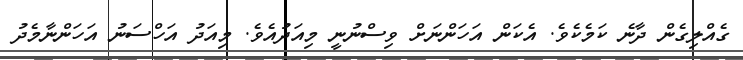
ގެއްލިގެން ދާނެ ކަމެކެވެ. އެކަން އަހަންނަށް ވިސްނުނީ މިއަދުއެވެ. މިއަދު އަހްސަނު އަހަންނާމެދު